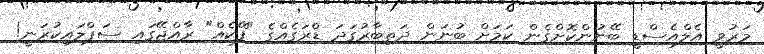
މަރުވީ އެލްއެސްޑީ ބޭނުންކޮށްގެން ކަމަށް ބުނަން ދަތިބާރުގަދަ ޑްރަގެއްގެ "ފޭކެއް" ރާއްޖޭގައި ސަޕްލައިކުރަނީ!